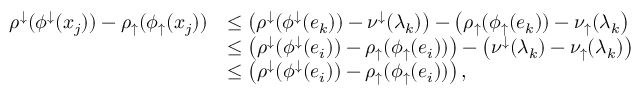
\begin{array} { r l } { \rho ^ { \downarrow } ( \phi ^ { \downarrow } ( x _ { j } ) ) - \rho _ { \uparrow } ( \phi _ { \uparrow } ( x _ { j } ) ) } & { \leq \left( \rho ^ { \downarrow } ( \phi ^ { \downarrow } ( e _ { k } ) ) - \nu ^ { \downarrow } ( \lambda _ { k } ) \right) - \left( \rho _ { \uparrow } ( \phi _ { \uparrow } ( e _ { k } ) ) - \nu _ { \uparrow } ( \lambda _ { k } \right) } \\ & { \leq \left( \rho ^ { \downarrow } ( \phi ^ { \downarrow } ( e _ { i } ) ) - \rho _ { \uparrow } ( \phi _ { \uparrow } ( e _ { i } ) ) \right) - \left( \nu ^ { \downarrow } ( \lambda _ { k } ) - \nu _ { \uparrow } ( \lambda _ { k } ) \right) } \\ & { \leq \left( \rho ^ { \downarrow } ( \phi ^ { \downarrow } ( e _ { i } ) ) - \rho _ { \uparrow } ( \phi _ { \uparrow } ( e _ { i } ) ) \right) , } \end{array}